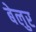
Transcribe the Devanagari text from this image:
बेलुर